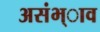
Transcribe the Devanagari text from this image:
असंभ्ाव